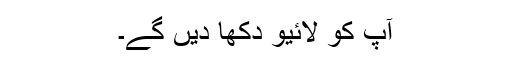
آپ کو لائیو دکھا دیں گے۔